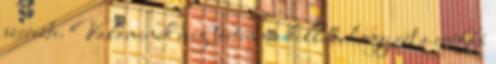
szerezte. Valaminek még történnie kellett, hogy ezt a csúffá